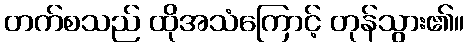
တက်စသည် ထိုအသံကြောင့် တုန်သွား၏။